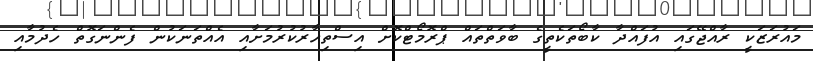
މައުރަޒަކީ ރާއްޖޭގައި އުފައްދާ ކާބޯތަކެތީގެ ބާވަތްތައް ޕްރޮމޯޓްކޮށް އިސްތިހާރުކުރުމަށާއި އެއްތަނަކުން ފެންނަގޮތް ހެދުމާއި